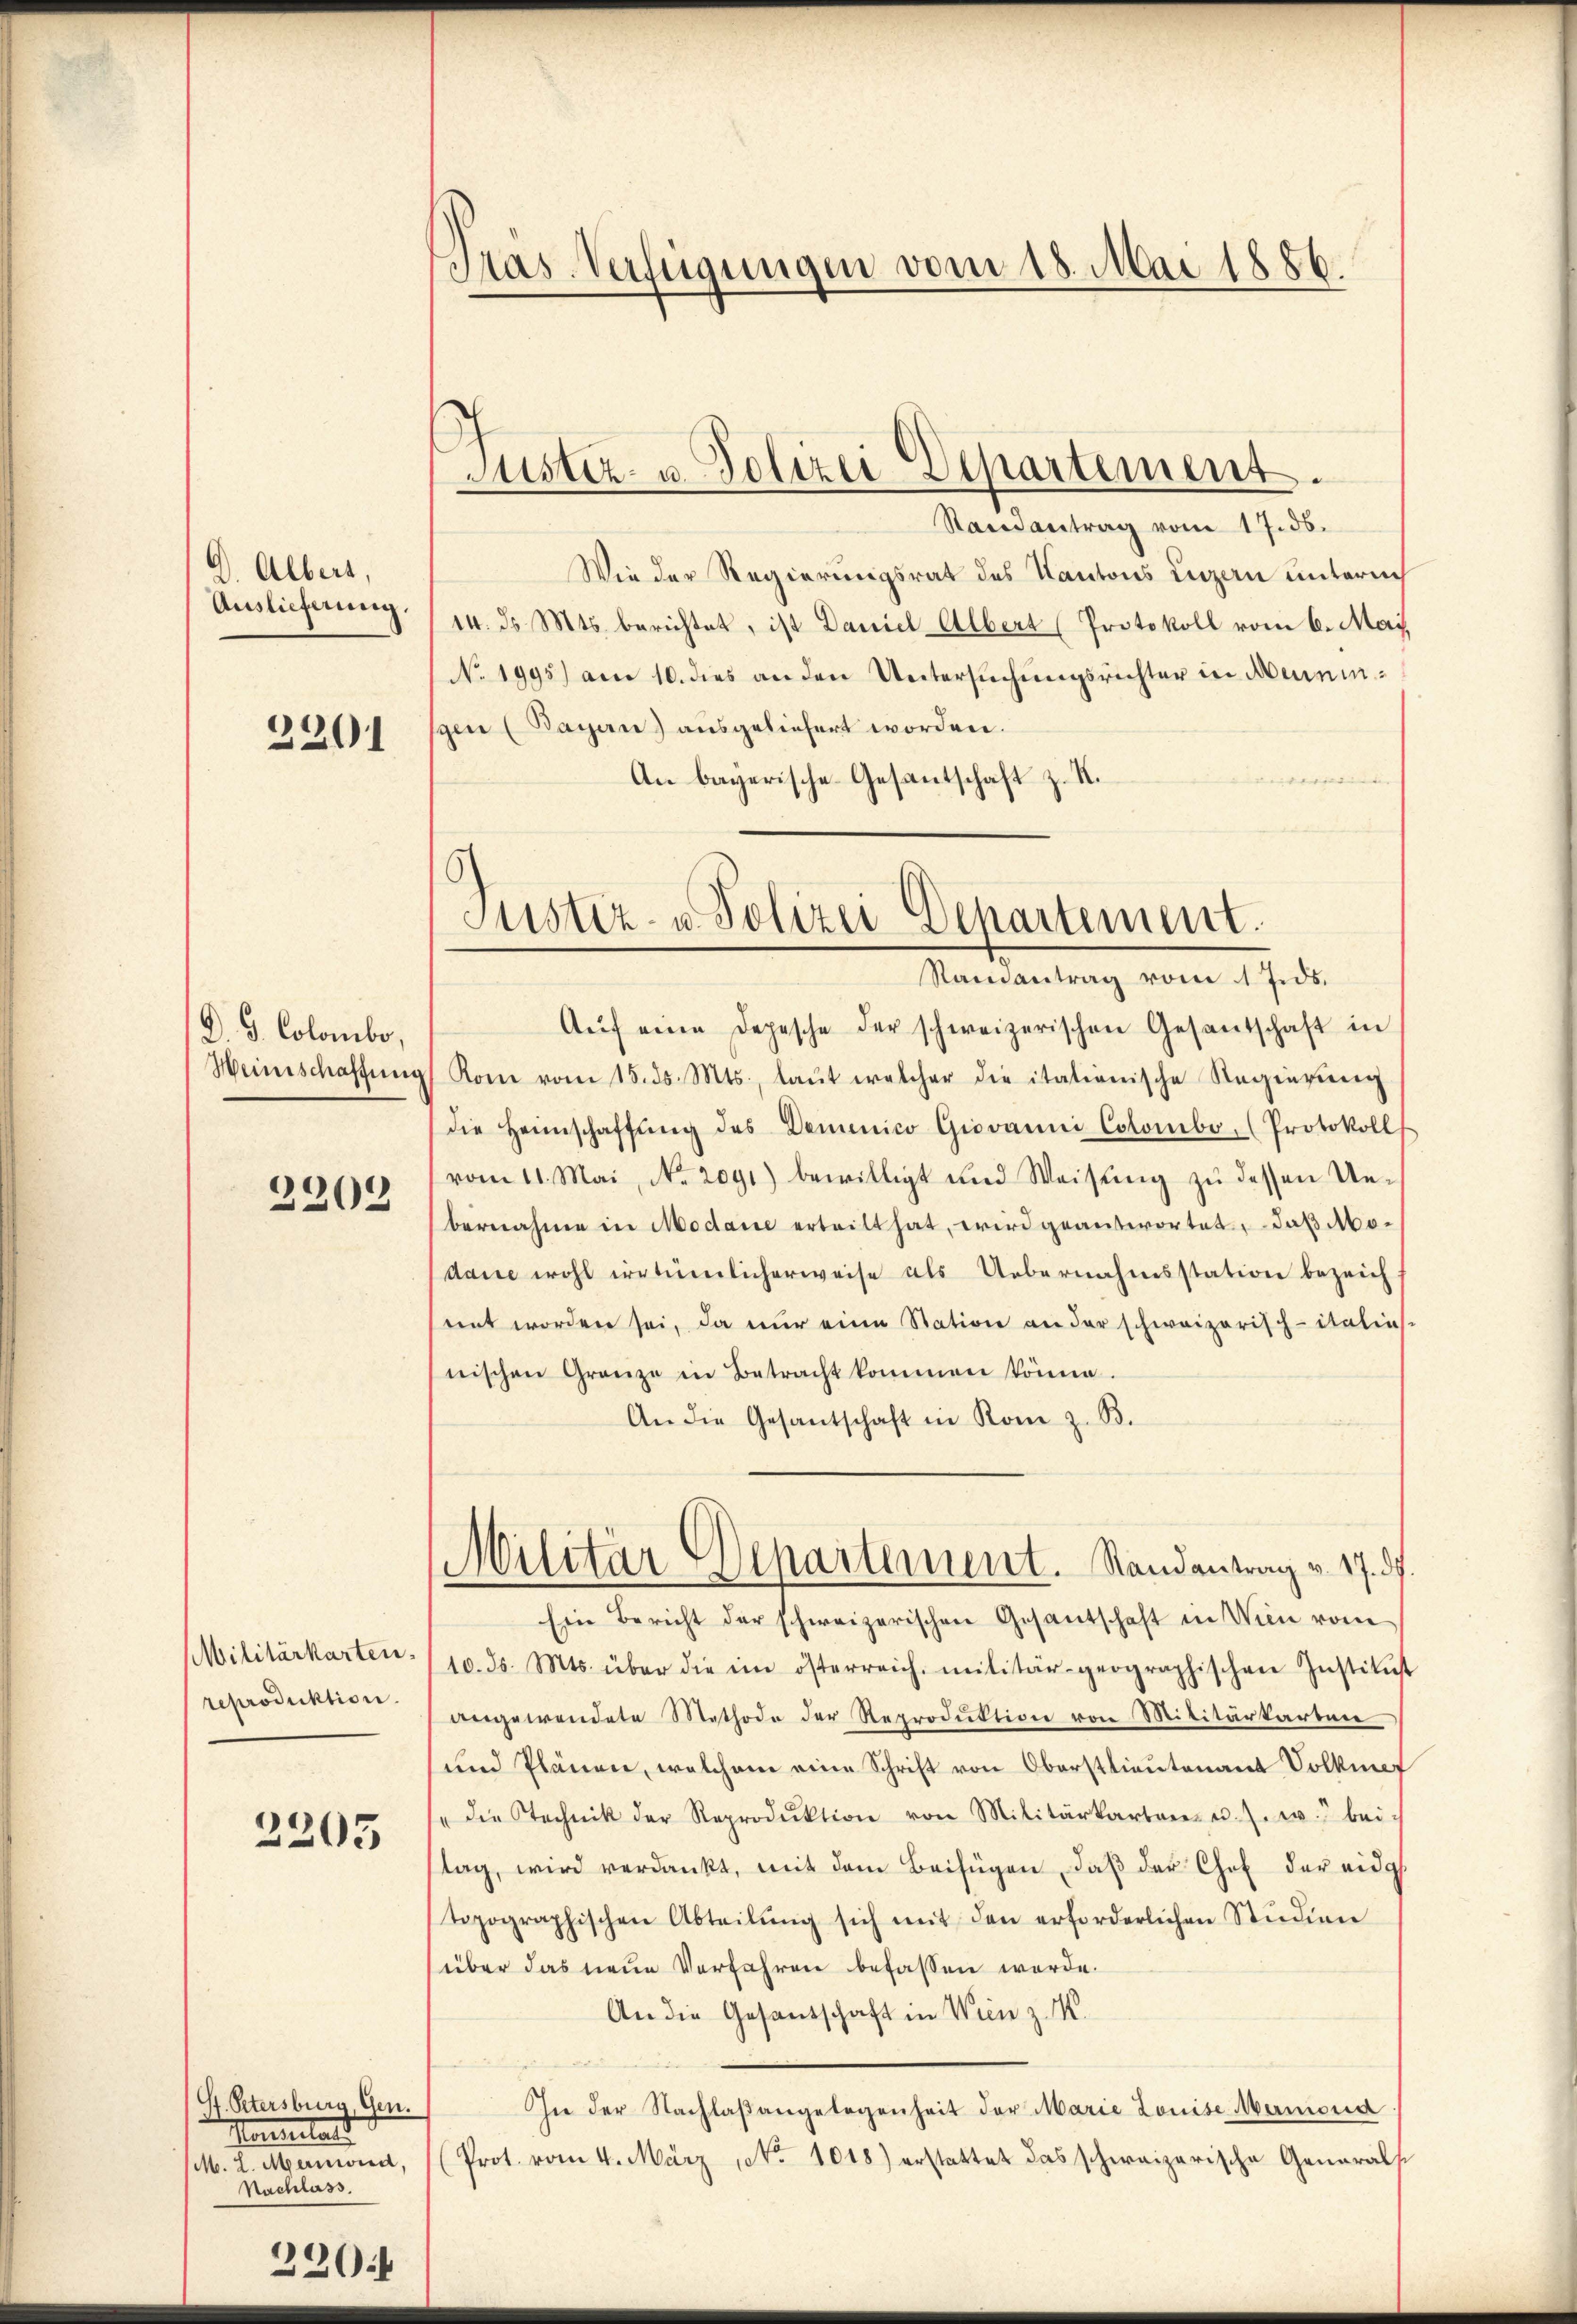
D. Albert,
Auslieferung.

2201

D. G. Colombe,
Weinschaffung
2209

Militärkarten.
reproduktion.

2205

G. Petersburg, Gen.
Mailand
M. L. Menwird,
Nachlass

220

Pas-Verfügungen vom 18. Mai 1886.

Justiz- u. Polizei Departement.

Randantrag vom 17. ds.
Wie der Regierungsrat des Kantons Luzern unterneh
14. ds. Mts. berichtet, ist Daniel Albert (Protokoll vom 6. May
No 1995) am 10. dies an den Untersuchungsrichter in Aeminspen (Bayan) ausgeliefert worden.
An bayerische Gesantschaft z. K.

Justiz- u. Polizei Departement.
Randantrag vom 1 J.ds.

Militär Departement. Randantrag v. 17. d.

Aŭf eine Depesche der schweizerischen Gesandschaft in
Kom vom 15. ds. Mts., laŭt welcher die itationische Regierung
die Heimschaffung des Demenico Giovanni Colombo, (Protokoll
vom 11. Mai, No. 2091) bewilligt und Weisŭng zŭ dessen Un-
bernahme in Modare ertritt hat, wird geantwortet, daß Modame wohl irrtümlicherweise als Uebernahmsstation bezeich-
nnt worden sei, da nur eine Station an der schweizerisch-italias-
nischen Gränze in Betracht kommen könne.
An die Gesantschaft in Rom z. B.
Ein Bericht der schweizerischen Gesantschaft in Wien vom
10. ds. Mts. über die im österreich militär-geographischen Institŭst
angewendete Methode der Reproduktion von Militärkarten
und Plänen, welchem eine Schrift von Oberstlieutenant Volkmef
" die Technik der Reproduktion von Militärkarten u. s. w. bei
tag, wird verdankt, mit dem Beifügen, daβ der Chef der eidg
topographischen Abteilŭng sich mit den erforderlichen Studien
über das neue Verfahren befassen werde.
An die Gesantschaft in Wien z. M.
Iie der Nachlaβangelegenheit der Marie Louise Mermond
Prot. vom 4. März, No 1018) erstattet das schweizerische Generals